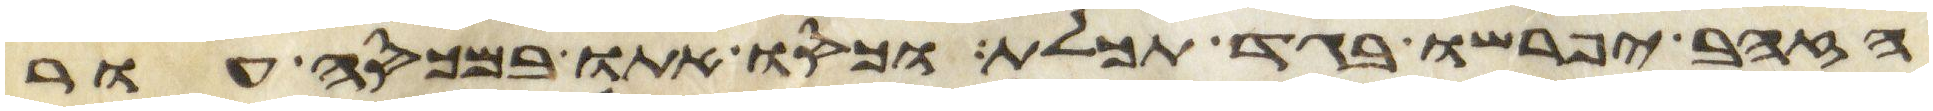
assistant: הזהב יפרשו בגד תכלת וכסו אתו במכסה עור